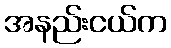
အနည်းငယ်က